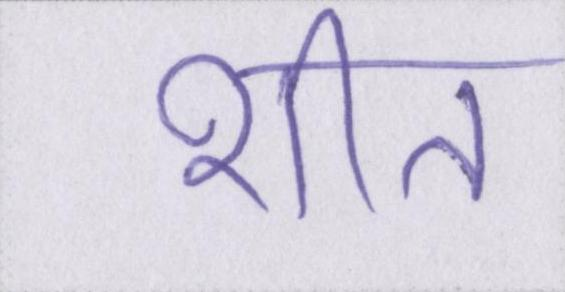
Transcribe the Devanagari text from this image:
शीत